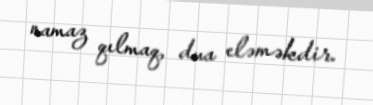
namaz qılmaq, dua eləməkdir.